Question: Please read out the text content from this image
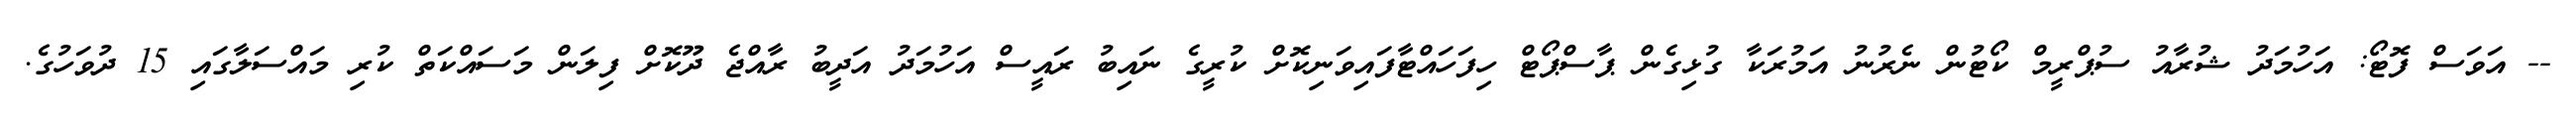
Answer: -- އަވަސް ފޮޓޯ: އަހުމަދު ޝުރާއު ސުޕްރީމް ކޯޓުން ނެރުނު އަމުރަކާ ގުޅިގެން ޕާސްޕޯޓް ހިފަހައްޓާފައިވަނިކޮށް ކުރީގެ ނައިބު ރައީސް އަހުމަދު އަދީބު ރާއްޖެ ދޫކޮށް ފިލަން މަސައްކަތް ކުރި މައްސަލާގައި 15 ދުވަހުގެ.